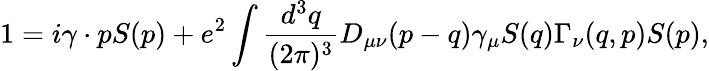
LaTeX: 1=i\gamma\cdot pS(p)+e^{2}\int\frac{d^{3}q}{(2\pi)^{3}}D_{\mu\nu}(p-q)\gamma_{\mu}S(q)\Gamma_{\nu}(q,p)S(p),